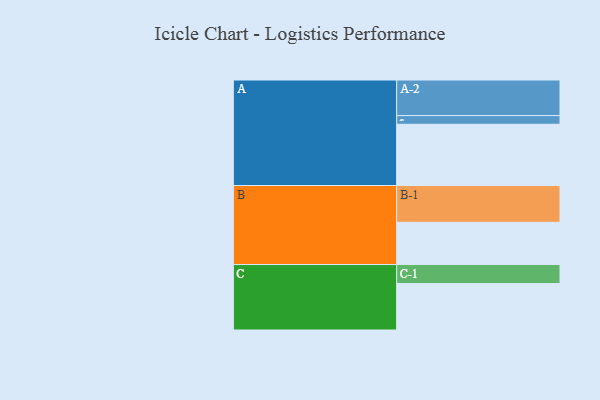
{"axis": {"x": "Segment", "y": "Value"}, "legend": ["", "A", "B", "C"], "data": [{"x": "A", "y": 451, "type": ""}, {"x": "B", "y": 311, "type": ""}, {"x": "C", "y": 342, "type": ""}, {"x": "A-1", "y": 64, "type": "A"}, {"x": "A-2", "y": 262, "type": "A"}, {"x": "B-1", "y": 271, "type": "B"}, {"x": "C-1", "y": 140, "type": "C"}]}